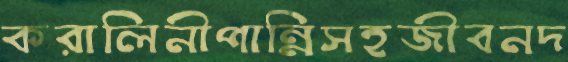
করালিনীপান্নিসহজীবনদ